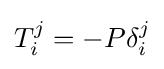
T_{i}^{j}=-P\delta _{i}^{j}